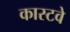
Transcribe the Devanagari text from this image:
कास्टवे